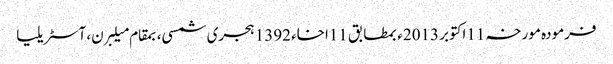
فرمودہ مورخہ 11اکتوبر 2013ء بمطابق 11اخاء 1392 ہجری شمسی، بمقام میلبرن، آسٹریلیا